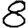
Digit: 8